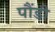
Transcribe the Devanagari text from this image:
पौंडी